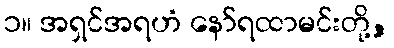
၁။ အရှင်အရဟံ နော်ရထာမင်းတို့,